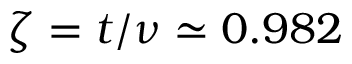
\zeta = t / \nu \simeq 0 . 9 8 2